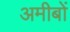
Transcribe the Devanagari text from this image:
अमीबों